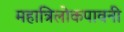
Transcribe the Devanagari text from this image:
महात्रिलोकपावनी